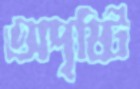
অদৃষ্টি